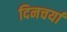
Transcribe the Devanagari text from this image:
दिनचर्यां